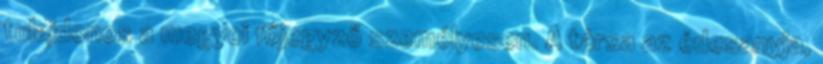
tulajdonos a megyei főjegyző személyesen. A társa az édesanyja,